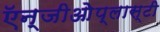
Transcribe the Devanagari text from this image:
ऍन्जीओेप्लास्टी